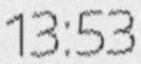
13:53